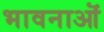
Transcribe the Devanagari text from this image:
भावनाऒं